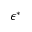
{ \boldsymbol { \epsilon } } ^ { * }